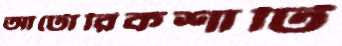
আটোরিকশাটি